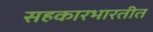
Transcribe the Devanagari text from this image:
सहकारभारतीत